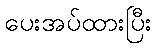
ပေးအပ်ထားပြီး